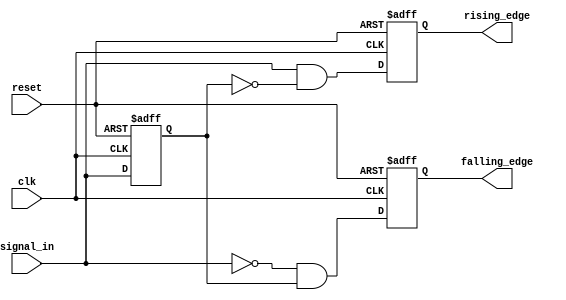
module dual_edge_detector (
    input wire clk,             // Clock signal
    input wire reset,           // Asynchronous reset
    input wire signal_in,       // Input signal to detect edges
    output reg rising_edge,     // Output flag for rising edge detection
    output reg falling_edge     // Output flag for falling edge detection
);

    reg signal_prev;            // Register to hold the previous state of signal_in

    // Asynchronous reset and edge detection logic
    always @(posedge clk or posedge reset) begin
        if (reset) begin
            // On reset, clear outputs and previous state
            rising_edge <= 0;
            falling_edge <= 0;
            signal_prev <= 0;
        end else begin
            // Edge detection logic
            rising_edge <= (signal_in == 1'b1) && (signal_prev == 1'b0);
            falling_edge <= (signal_in == 1'b0) && (signal_prev == 1'b1);
            // Update the previous state for the next clock cycle
            signal_prev <= signal_in;
        end
    end
endmodule